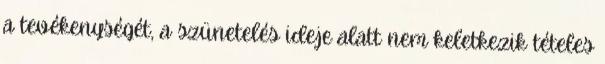
a tevékenységét, a szünetelés ideje alatt nem keletkezik tételes